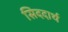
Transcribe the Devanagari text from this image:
सिददार्थ